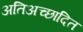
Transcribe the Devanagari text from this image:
अतिअच्छादित